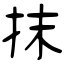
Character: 抹